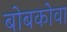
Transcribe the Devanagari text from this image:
बोबकोवा